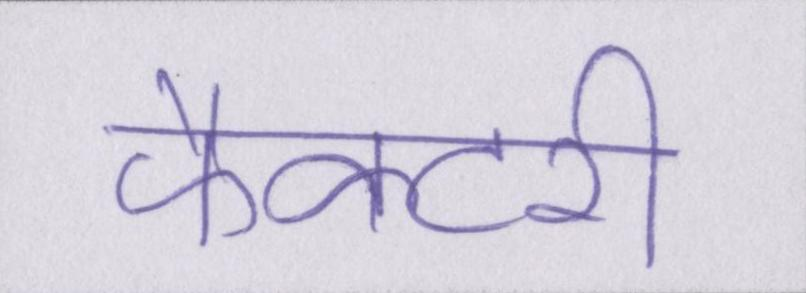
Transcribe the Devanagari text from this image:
फैक्टरी